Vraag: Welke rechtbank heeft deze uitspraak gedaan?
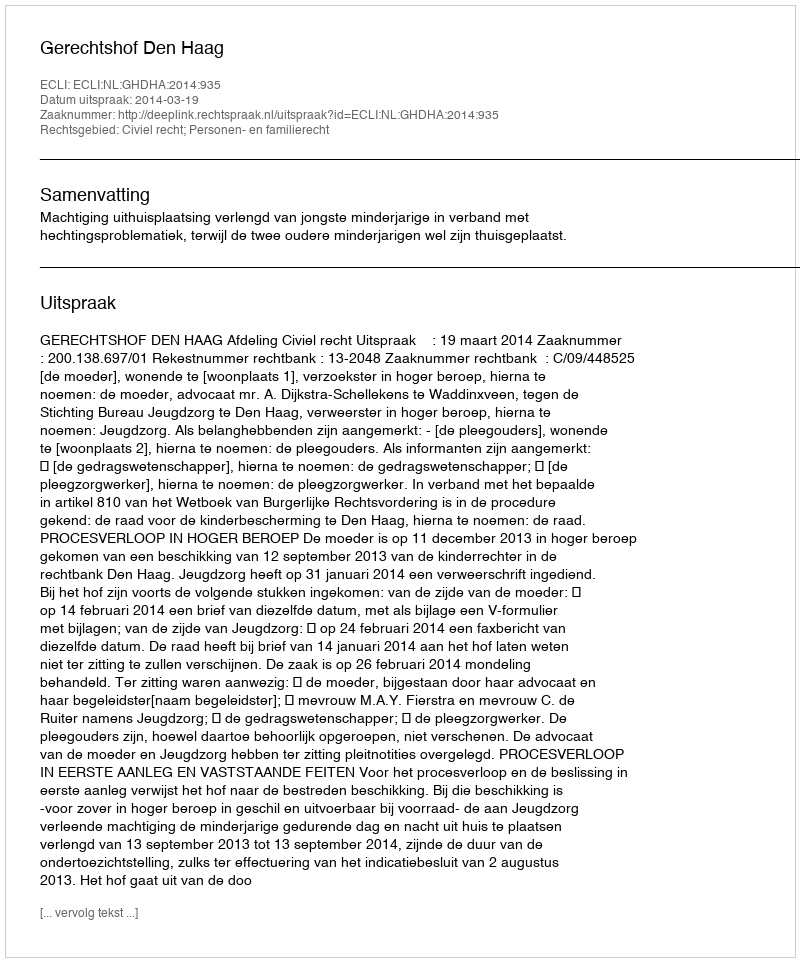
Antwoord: Gerechtshof Den Haag